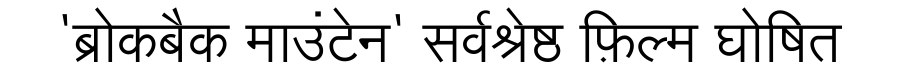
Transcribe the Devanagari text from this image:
'ब्रोकबैक माउंटेन' सर्वश्रेष्ठ फ़िल्म घोषित